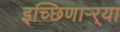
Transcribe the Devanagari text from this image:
इच्छिणाऱ्र्‍या